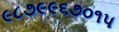
૯૮૭૯૯૬૭૦૧૫